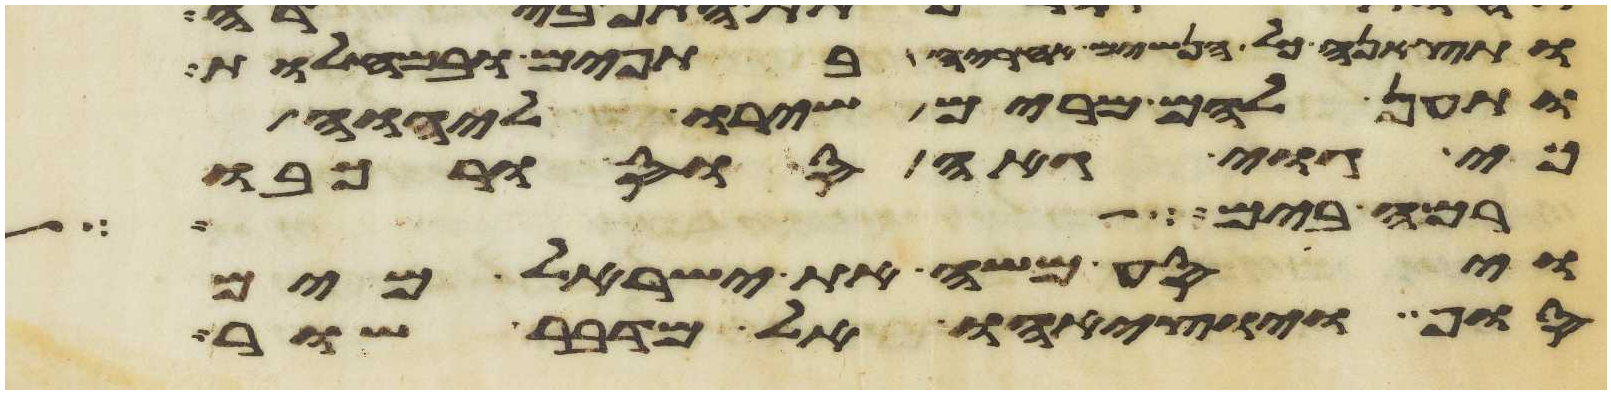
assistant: ותצאנה כל הנשים אחריה בתפים ובמחלות
ותען להם מרים שירו ליהוה
כי גוי גאה סוס ורכבו
רמה בים
ויסע משה את ישראל מים
סוף ויוציאהו אל מדבר שור